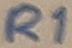
Text: R1